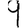
Digit: 9